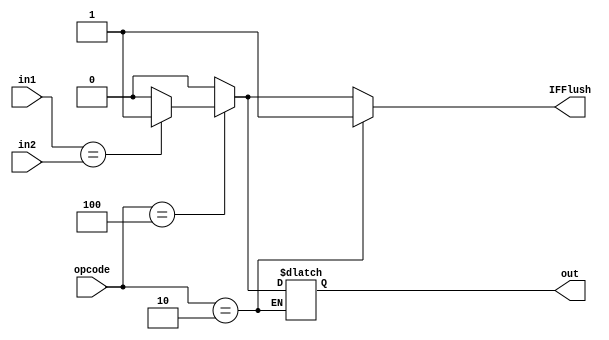
module IsBranch(in1,in2,opcode,out,IFFlush);
	input[31:0] in1,in2;
	input[5:0] opcode;
	output out,IFFlush;
	reg out,IFFlush;

	always @(in1 or in2 or opcode) begin
		if(opcode==6'b000010)IFFlush<=1;
		else if(opcode==6'b000100) begin
			if(in1==in2)begin
				out<=1;
				IFFlush<=1;
			end
			else begin
				out<=0;
				IFFlush<=0;
			end
		end
		else begin
			out<=0;
			IFFlush<=0;
		end
	end
endmodule